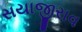
સયાજીરાવ